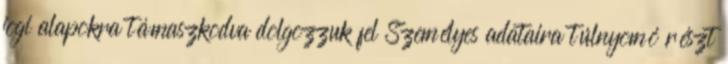
jogi alapokra támaszkodva dolgozzuk fel Személyes adataira túlnyomó részt